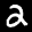
Label: 2